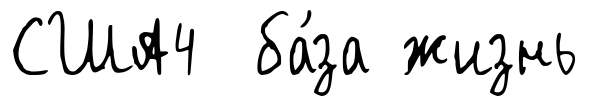
США4 ба́за жизнь